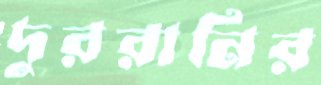
দুররানির